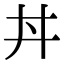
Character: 丼